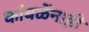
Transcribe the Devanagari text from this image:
कांबळेंनाही